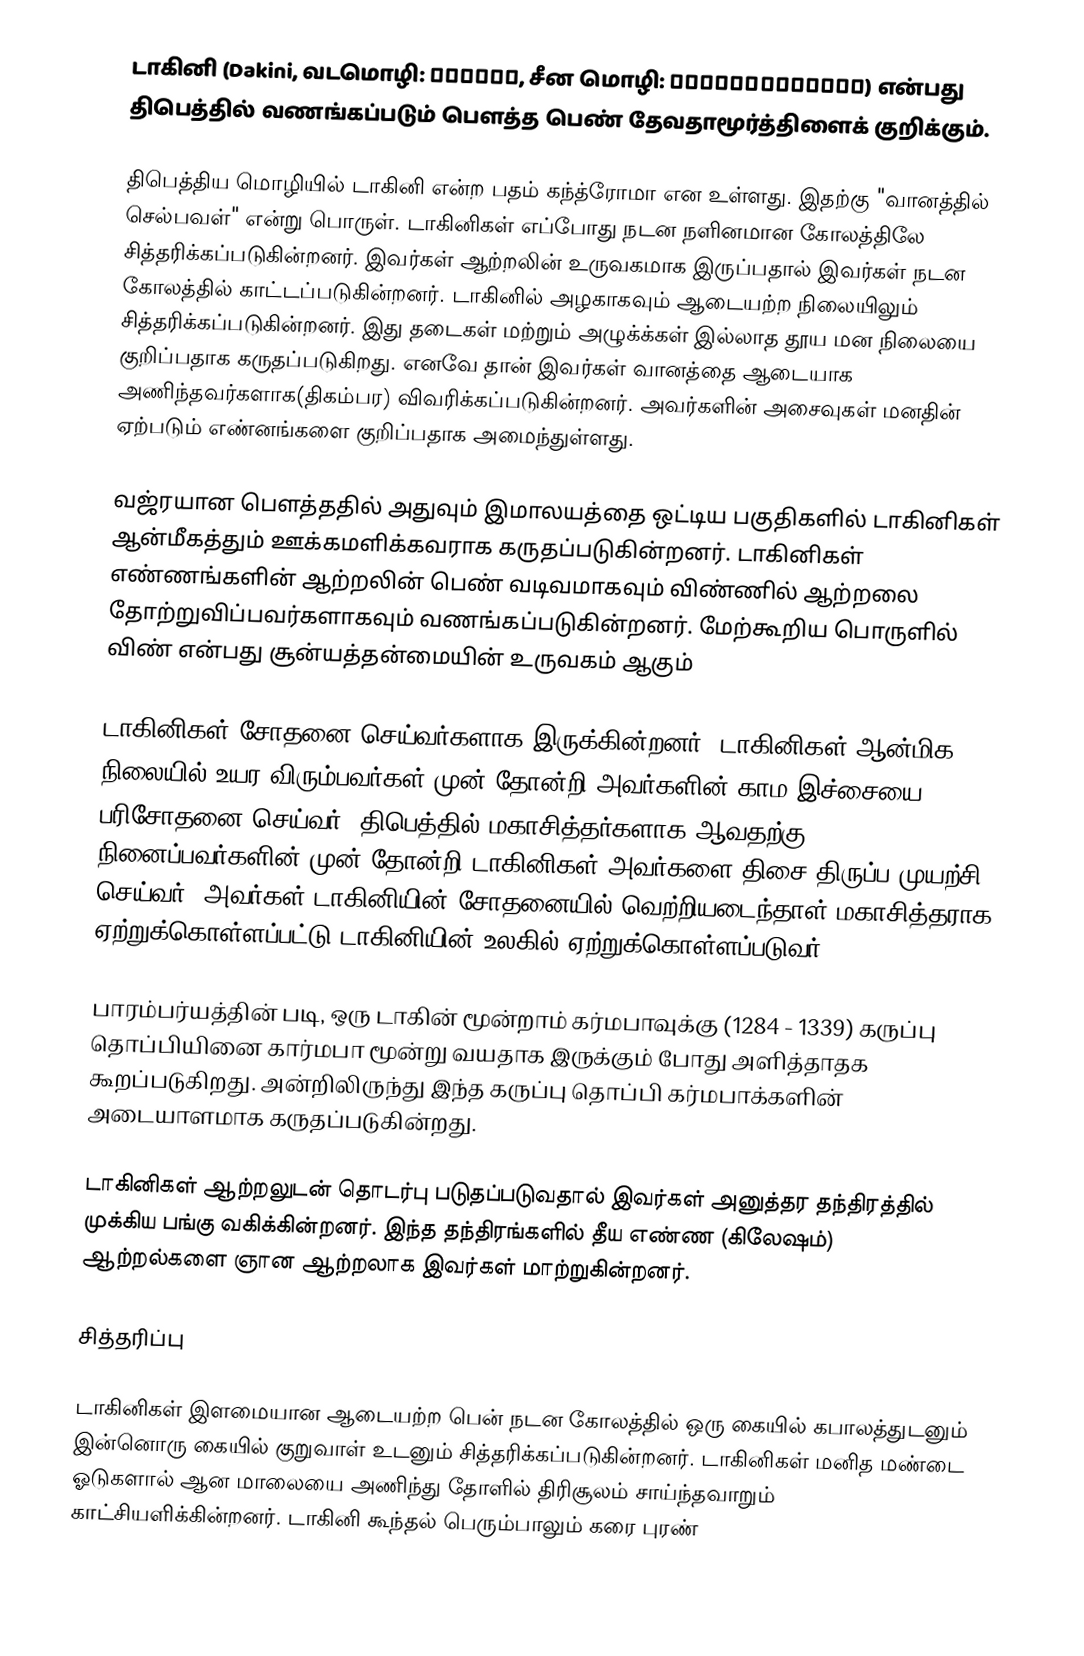
டாகினி (Dakini, வடமொழி: डाकिनी, சீன மொழி: 空行女，荼吉尼，狐仙，明妃) என்பது திபெத்தில் வணங்கப்படும் பௌத்த பெண் தேவதாமூர்த்திளைக் குறிக்கும்.

திபெத்திய மொழியில் டாகினி என்ற பதம் கந்த்ரோமா என உள்ளது. இதற்கு "வானத்தில்  செல்பவள்" என்று பொருள். டாகினிகள் எப்போது நடன நளினமான கோலத்திலே சித்தரிக்கப்படுகின்றனர். இவர்கள் ஆற்றலின் உருவகமாக இருப்பதால் இவர்கள் நடன கோலத்தில் காட்டப்படுகின்றனர். டாகினில் அழகாகவும் ஆடையற்ற நிலையிலும் சித்தரிக்கப்படுகின்றனர். இது தடைகள் மற்றும் அழுக்க்கள் இல்லாத தூய மன நிலையை குறிப்பதாக கருதப்படுகிறது. எனவே தான் இவர்கள் வானத்தை ஆடையாக அணிந்தவர்களாக(திகம்பர) விவரிக்கப்படுகின்றனர். அவர்களின் அசைவுகள் மனதின் ஏற்படும் எண்னங்களை குறிப்பதாக அமைந்துள்ளது.

வஜ்ரயான பௌத்ததில் அதுவும் இமாலயத்தை ஒட்டிய பகுதிகளில் டாகினிகள் ஆன்மீகத்தும் ஊக்கமளிக்கவராக கருதப்படுகின்றனர். டாகினிகள் எண்ணங்களின் ஆற்றலின் பெண் வடிவமாகவும் விண்ணில் ஆற்றலை தோற்றுவிப்பவர்களாகவும் வணங்கப்படுகின்றனர். மேற்கூறிய பொருளில் விண் என்பது சூன்யத்தன்மையின் உருவகம் ஆகும்

டாகினிகள் சோதனை செய்வர்களாக இருக்கின்றனர். டாகினிகள் ஆன்மிக நிலையில் உயர விரும்பவர்கள் முன் தோன்றி அவர்களின் காம இச்சையை பரிசோதனை செய்வர். திபெத்தில் மகாசித்தர்களாக ஆவதற்கு நினைப்பவர்களின் முன் தோன்றி டாகினிகள் அவர்களை திசை திருப்ப முயற்சி செய்வர். அவர்கள் டாகினியின் சோதனையில் வெற்றியடைந்தாள் மகாசித்தராக ஏற்றுக்கொள்ளப்பட்டு டாகினியின் உலகில் ஏற்றுக்கொள்ளப்படுவர்.

பாரம்பர்யத்தின் படி, ஒரு டாகின் மூன்றாம் கர்மபாவுக்கு (1284 - 1339) கருப்பு தொப்பியினை கார்மபா மூன்று வயதாக இருக்கும் போது அளித்தாதக கூறப்படுகிறது. அன்றிலிருந்து இந்த கருப்பு தொப்பி கர்மபாக்களின் அடையாளமாக கருதப்படுகின்றது.

டாகினிகள் ஆற்றலுடன் தொடர்பு படுதப்படுவதால் இவர்கள் அனுத்தர தந்திரத்தில் முக்கிய பங்கு வகிக்கின்றனர். இந்த தந்திரங்களில் தீய எண்ண (கிலேஷம்) ஆற்றல்களை ஞான ஆற்றலாக இவர்கள் மாற்றுகின்றனர்.

சித்தரிப்பு

டாகினிகள் இளமையான ஆடையற்ற பென் நடன கோலத்தில் ஒரு கையில் கபாலத்துடனும் இன்னொரு கையில் குறுவாள் உடனும் சித்தரிக்கப்படுகின்றனர். டாகினிகள் மனித மண்டை ஓடுகளால் ஆன மாலையை அணிந்து தோளில் திரிசூலம் சாய்ந்தவாறும் காட்சியளிக்கின்றனர். டாகினி கூந்தல் பெரும்பாலும் கரை புரண்